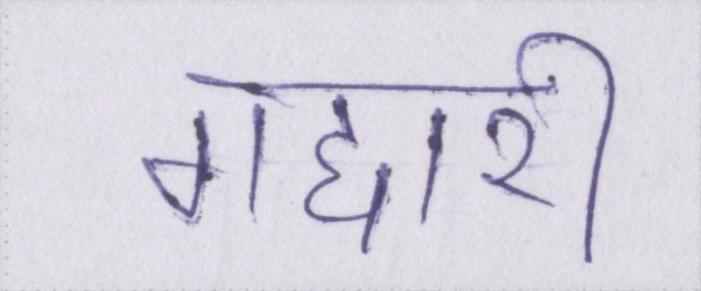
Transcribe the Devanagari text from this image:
गद्दारी